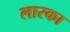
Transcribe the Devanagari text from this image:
लारका